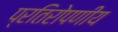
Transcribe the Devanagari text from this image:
प्रतिरोपणीय